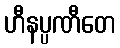
ဟီနပ္ပဏီတေ